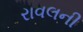
રાવલની